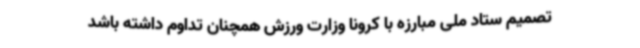
تصمیم ستاد ملی مبارزه با کرونا وزارت ورزش همچنان تداوم داشته باشد